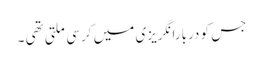
جس کو دربارانگریزی میں کرسی ملتی تھی ۔